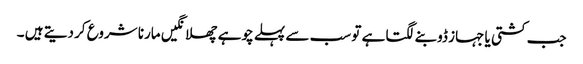
جب کشتی یا جہاز ڈوبنے لگتا ہے تو سب سے پہلے چوہے چھلانگیں مارنا شروع کر دیتے ہیں ۔